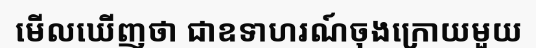
មើលឃើញថា ជាឧទាហរណ៍ចុងក្រោយមួយ